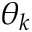
\theta _ { k }